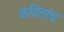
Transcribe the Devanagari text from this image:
कवितांचं